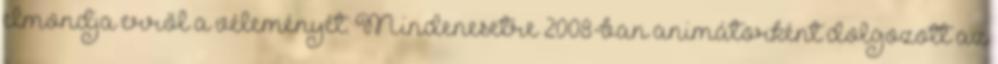
elmondja erről a véleményét. Mindenesetre 2008-ban animátorként dolgozott az